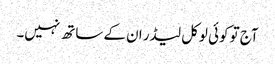
آج تو کوئی لوکل لیڈر ان کے ساتھ نہیں۔